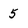
Character: 5